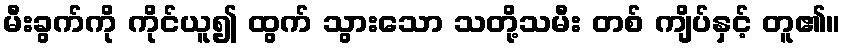
မီးခွက်ကို ကိုင်ယူ၍ ထွက် သွားသော သတို့သမီး တစ် ကျိပ်နှင့် တူ၏။